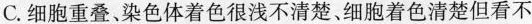
C.细胞重叠、染色体着色很浅不清楚、细胞着色清楚但看不